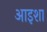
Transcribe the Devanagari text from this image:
आइशा